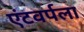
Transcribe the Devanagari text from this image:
एंटवर्पला